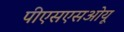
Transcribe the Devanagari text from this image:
पीएसएसओयू